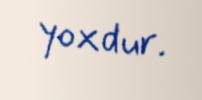
yoxdur.